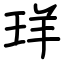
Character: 珜